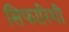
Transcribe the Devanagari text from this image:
सिफारिशी